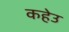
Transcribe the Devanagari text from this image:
कहेउ